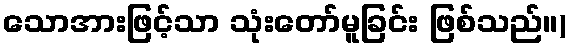
သောအားဖြင့်သာ သုံးတော်မူခြင်း ဖြစ်သည်။)